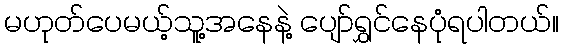
မဟုတ်ပေမယ့်သူ့အနေနဲ့ ပျော်ရွှင်နေပုံရပါတယ်။